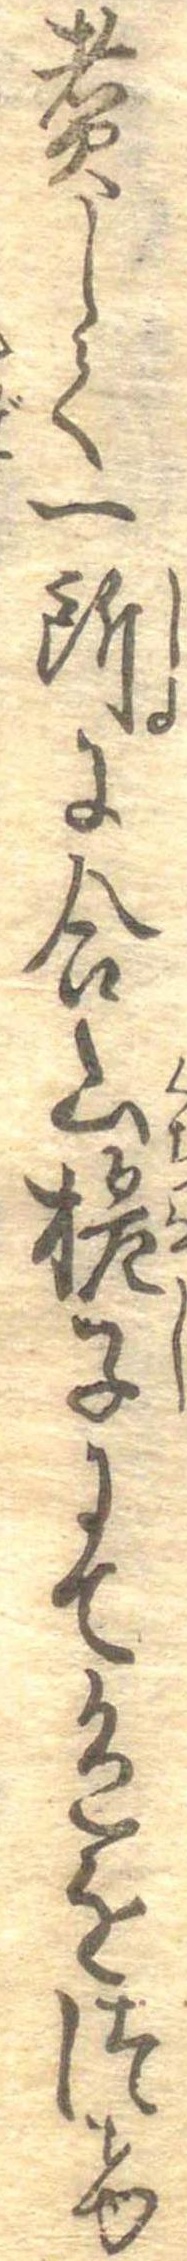
煮して一所に合山梔子にて色をつけ